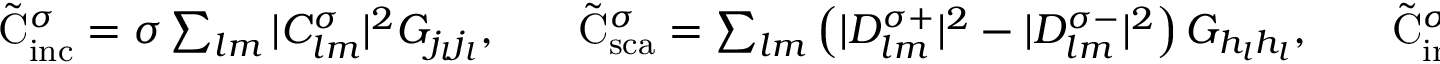
\begin{array} { r l r l r } { \tilde { \mathrm { { C } } } _ { \mathrm { { i n c } } } ^ { \sigma } = \sigma \sum _ { l m } | C _ { l m } ^ { \sigma } | ^ { 2 } G _ { j _ { l } j _ { l } } , } & { { } } & { \tilde { \mathrm { { C } } } _ { \mathrm { { s c a } } } ^ { \sigma } = \sum _ { l m } \left( | D _ { l m } ^ { \sigma + } | ^ { 2 } - | D _ { l m } ^ { \sigma - } | ^ { 2 } \right) G _ { h _ { l } h _ { l } } , } & { { } } & { \tilde { \mathrm { { C } } } _ { \mathrm { { i n t } } } ^ { \sigma } = 2 \sigma \sum _ { l m } \mathrm { ~ R ~ e ~ } \{ { C _ { l m } ^ { \sigma } } ^ { * } D _ { l m } ^ { \sigma \sigma } G _ { j _ { l } h _ { l } } \} . } \end{array}